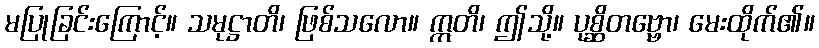
မပြုခြင်းကြောင့်။ သမုဋ္ဌာတိ၊ ဖြစ်သလော။ ဣတိ၊ ဤသို့။ ပုစ္ဆိတဗ္ဗော၊ မေးထိုက်၏။